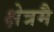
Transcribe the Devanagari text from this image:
क्षेत्रमै